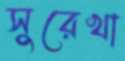
সুরেখা